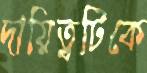
দায়িত্বটিকে